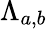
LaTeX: \Lambda_{a,b}